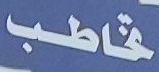
تخاطب